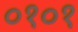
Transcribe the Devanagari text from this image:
०१०१